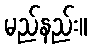
မည်နည်း။